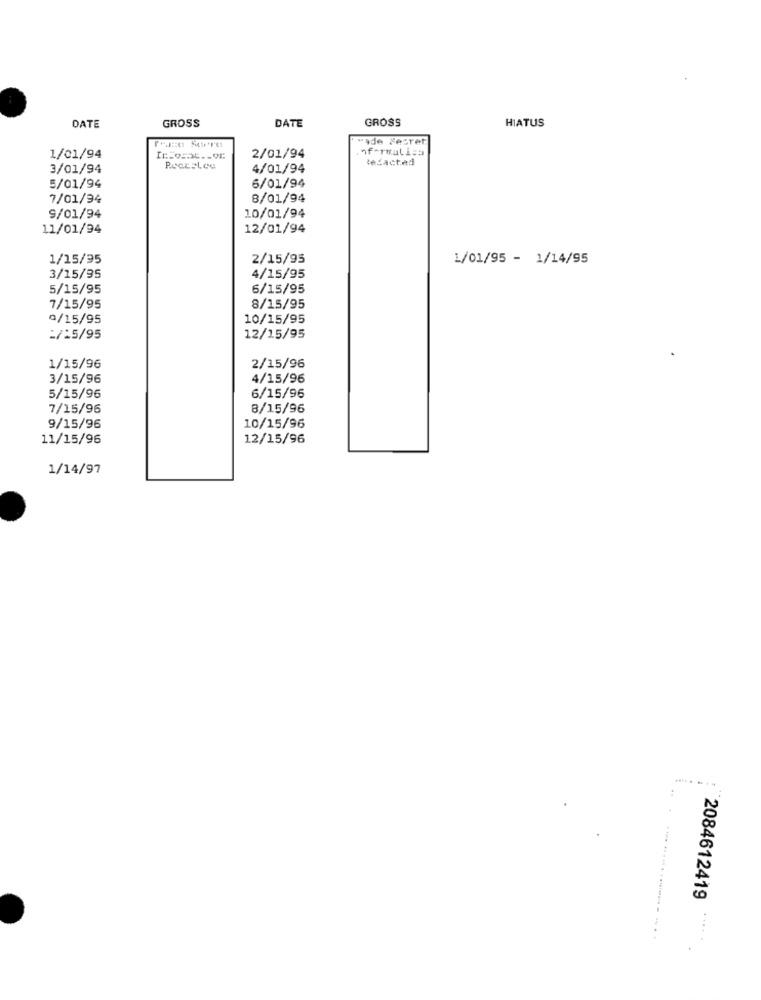
GROSS
GROSS
HIATUS
DATE
DATE
"ade Secret
1/01/94
2/01/94
lečacted
3/01/94
4/01/94
5/01/94
6/01/94
7/01/94
8/01/94
10/01/94
9/01/94
11/01/94
12/01/94
1/15/95
2/15/95
1/01/95 - 1/14/95
3/15/95
4/15/95
5/15/95
6/15/95
7/15/95
8/15/95
9/15/95
10/15/95
:/15/95
12/15/95
1/15/96
2/15/96
3/15/96
4/15/96
5/15/96
6/15/96
7/15/96
8/15/96
9/15/96
10/15/96
11/15/96
12/15/96
1/14/97
:
2084612419